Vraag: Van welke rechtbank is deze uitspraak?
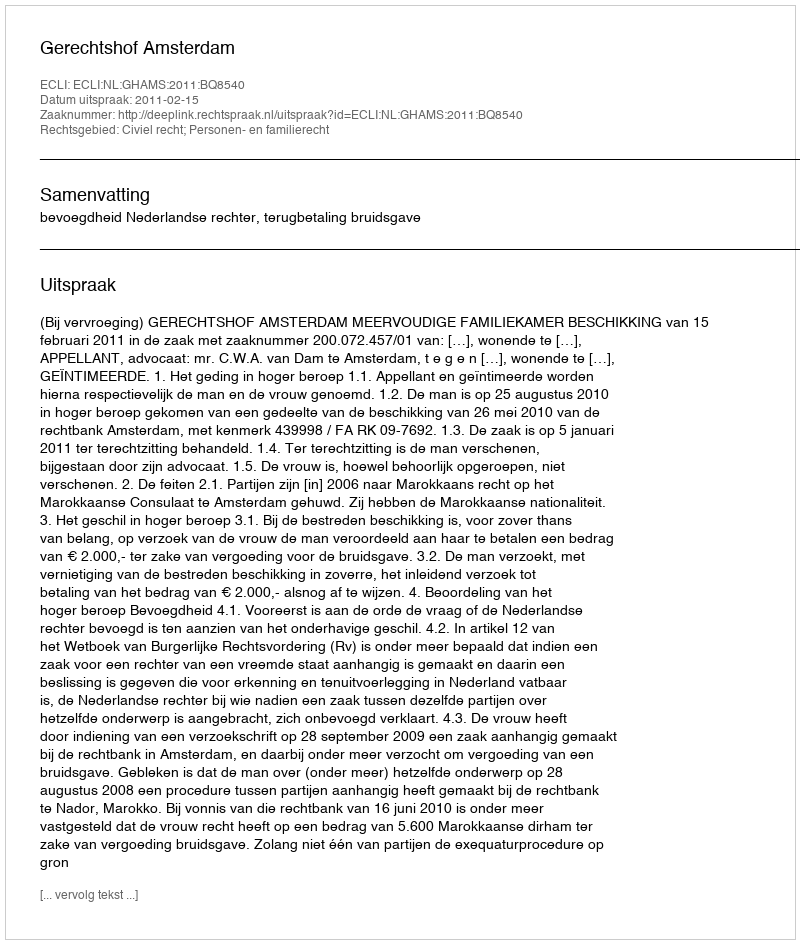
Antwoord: Gerechtshof Amsterdam